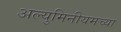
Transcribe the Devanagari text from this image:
अल्युमिनीयमच्या